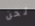
نحن